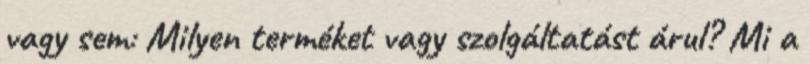
vagy sem: Milyen terméket vagy szolgáltatást árul? Mi a